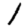
Digit: 1